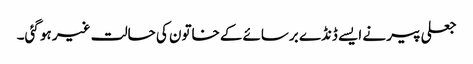
جعلی پیر نے ایسے ڈنڈے برسائےکے خاتون کی حالت غیر ہو گئی۔